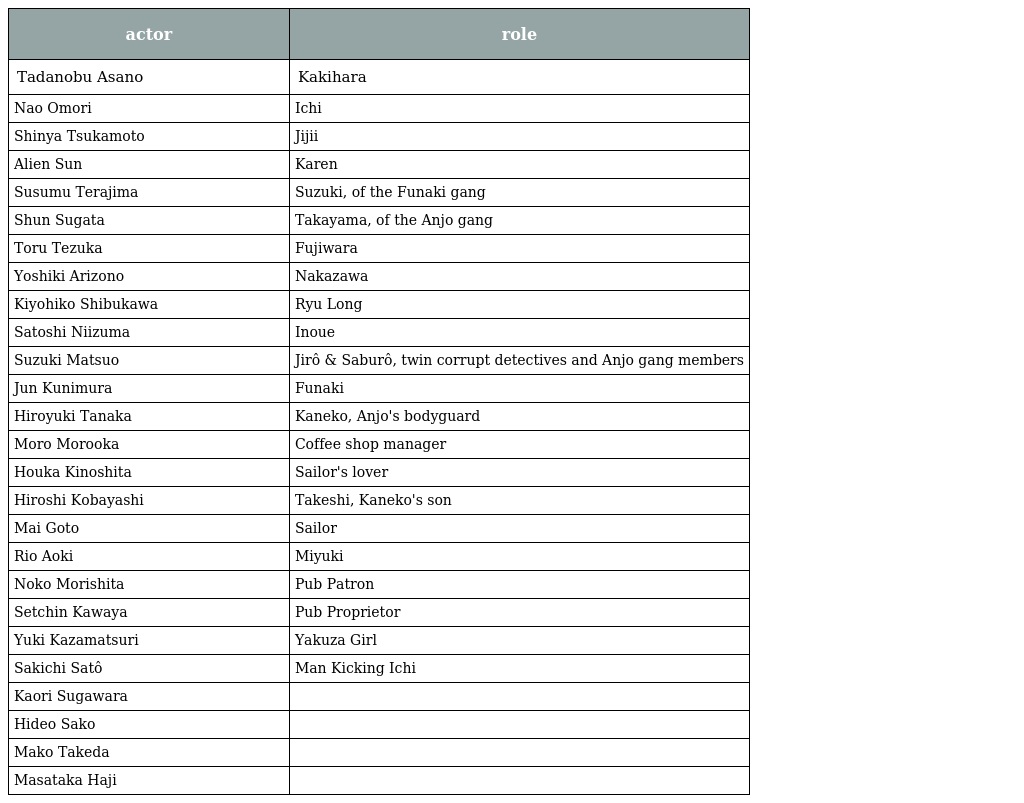
| actor | role |
 | --- | --- |
 | Tadanobu Asano | Kakihara |
 | Nao Omori | Ichi |
 | Shinya Tsukamoto | Jijii |
 | Alien Sun | Karen |
 | Susumu Terajima | Suzuki, of the Funaki gang |
 | Shun Sugata | Takayama, of the Anjo gang |
 | Toru Tezuka | Fujiwara |
 | Yoshiki Arizono | Nakazawa |
 | Kiyohiko Shibukawa | Ryu Long |
 | Satoshi Niizuma | Inoue |
 | Suzuki Matsuo | Jirô & Saburô, twin corrupt detectives and Anjo gang members |
 | Jun Kunimura | Funaki |
 | Hiroyuki Tanaka | Kaneko, Anjo's bodyguard |
 | Moro Morooka | Coffee shop manager |
 | Houka Kinoshita | Sailor's lover |
 | Hiroshi Kobayashi | Takeshi, Kaneko's son |
 | Mai Goto | Sailor |
 | Rio Aoki | Miyuki |
 | Noko Morishita | Pub Patron |
 | Setchin Kawaya | Pub Proprietor |
 | Yuki Kazamatsuri | Yakuza Girl |
 | Sakichi Satô | Man Kicking Ichi |
 | Kaori Sugawara |  |
 | Hideo Sako |  |
 | Mako Takeda |  |
 | Masataka Haji |  |